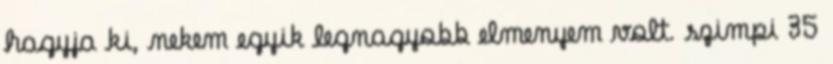
hagyja ki, nekem egyik legnagyobb elmenyem volt. szimpi 35